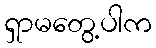
ရှာမတွေ့ပါက